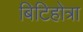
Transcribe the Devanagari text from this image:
बिटिहोत्रा